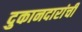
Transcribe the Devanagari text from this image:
दुकानदारांची